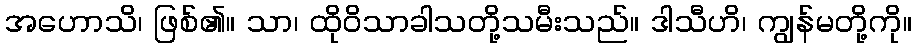
အဟောသိ၊ ဖြစ်၏။ သာ၊ ထိုဝိသာခါသတို့သမီးသည်။ ဒါသီဟိ၊ ကျွန်မတို့ကို။